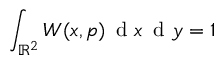
\int _ { \mathbb { R } ^ { 2 } } W ( x , p ) \, \mathrm { ~ d ~ } x \, \mathrm { ~ d ~ } y = 1